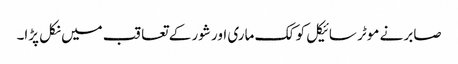
صابر نے موٹر سائیکل کو کک ماری اور شور کے تعاقب میں نکل پڑا۔